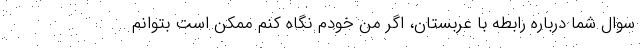
سوال شما درباره رابطه با عربستان، اگر من خودم نگاه كنم ممكن است بتوانم